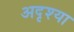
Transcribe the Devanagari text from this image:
अदृश्या